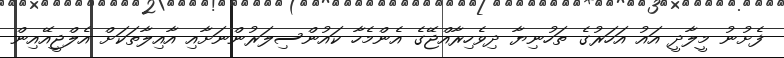
ފެށުނު މީލާދީ އައު އަހަރުގެ ތަހުނިޔާ ދިވެހިރާއްޖޭގެ އެންމެހާ ކައުންސިލަރުންނަށާއި އާއިލާތަކަށް އެލްޖީއޭއިން